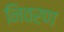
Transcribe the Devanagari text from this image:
निवरण